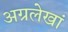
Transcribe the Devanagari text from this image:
अग्रलेखां